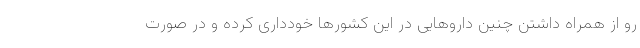
رو از همراه داشتن چنین داروهایی در این کشورها خودداری کرده و در صورت